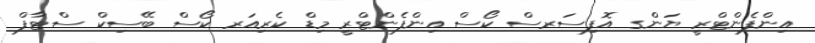
އިންފެންޓްރީ ޔަންގ އޮފިސަރސް ކޯސް އިންފެންޓްރީ މިޑް ކެރިއަރ ކޯސް ބޭސިކް ސްޓާފް